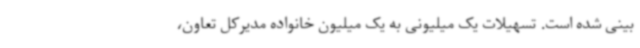
بینی شده است. تسهیلات یک میلیونی به یک میلیون خانواده مدیرکل تعاون،